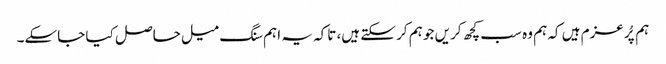
ہم پُرعزم ہیں کہ ہم وہ سب کچھ کریں جو ہم کر سکتے ہیں، تاکہ یہ اہم سنگ میل حاصل کیا جاسکے۔